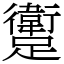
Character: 躗